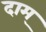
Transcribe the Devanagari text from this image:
दाम्